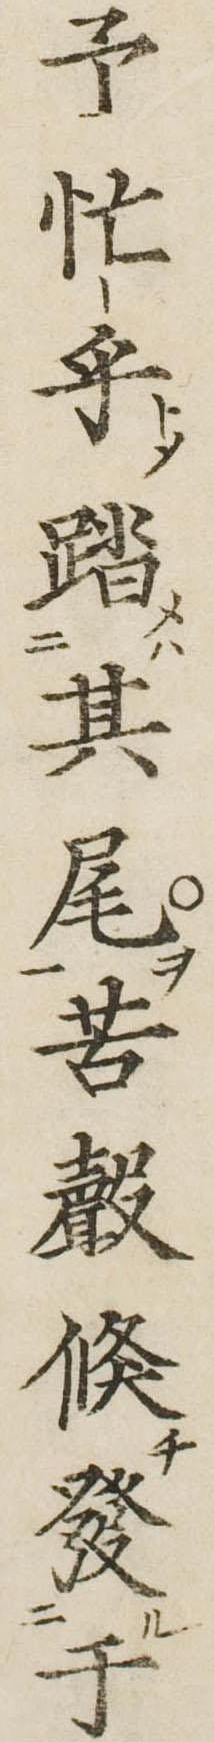
予忙乎踏其尾苦声倏発于